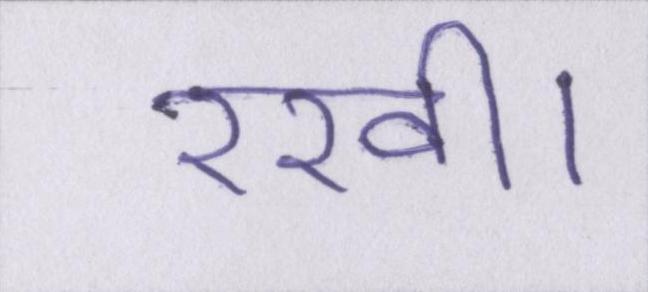
रखी।